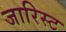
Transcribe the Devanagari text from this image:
जारिस्ट